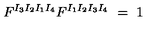
F ^ { I _ { 3 } I _ { 2 } I _ { 1 } I _ { 4 } } F ^ { I _ { 1 } I _ { 2 } I _ { 3 } I _ { 4 } } \ = \ 1 \